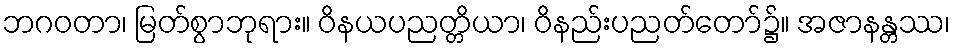
ဘဂဝတာ၊ မြတ်စွာဘုရား။ ဝိနယပညတ္တိယာ၊ ဝိနည်းပညတ်တော်၌။ အဇာနန္တဿ၊